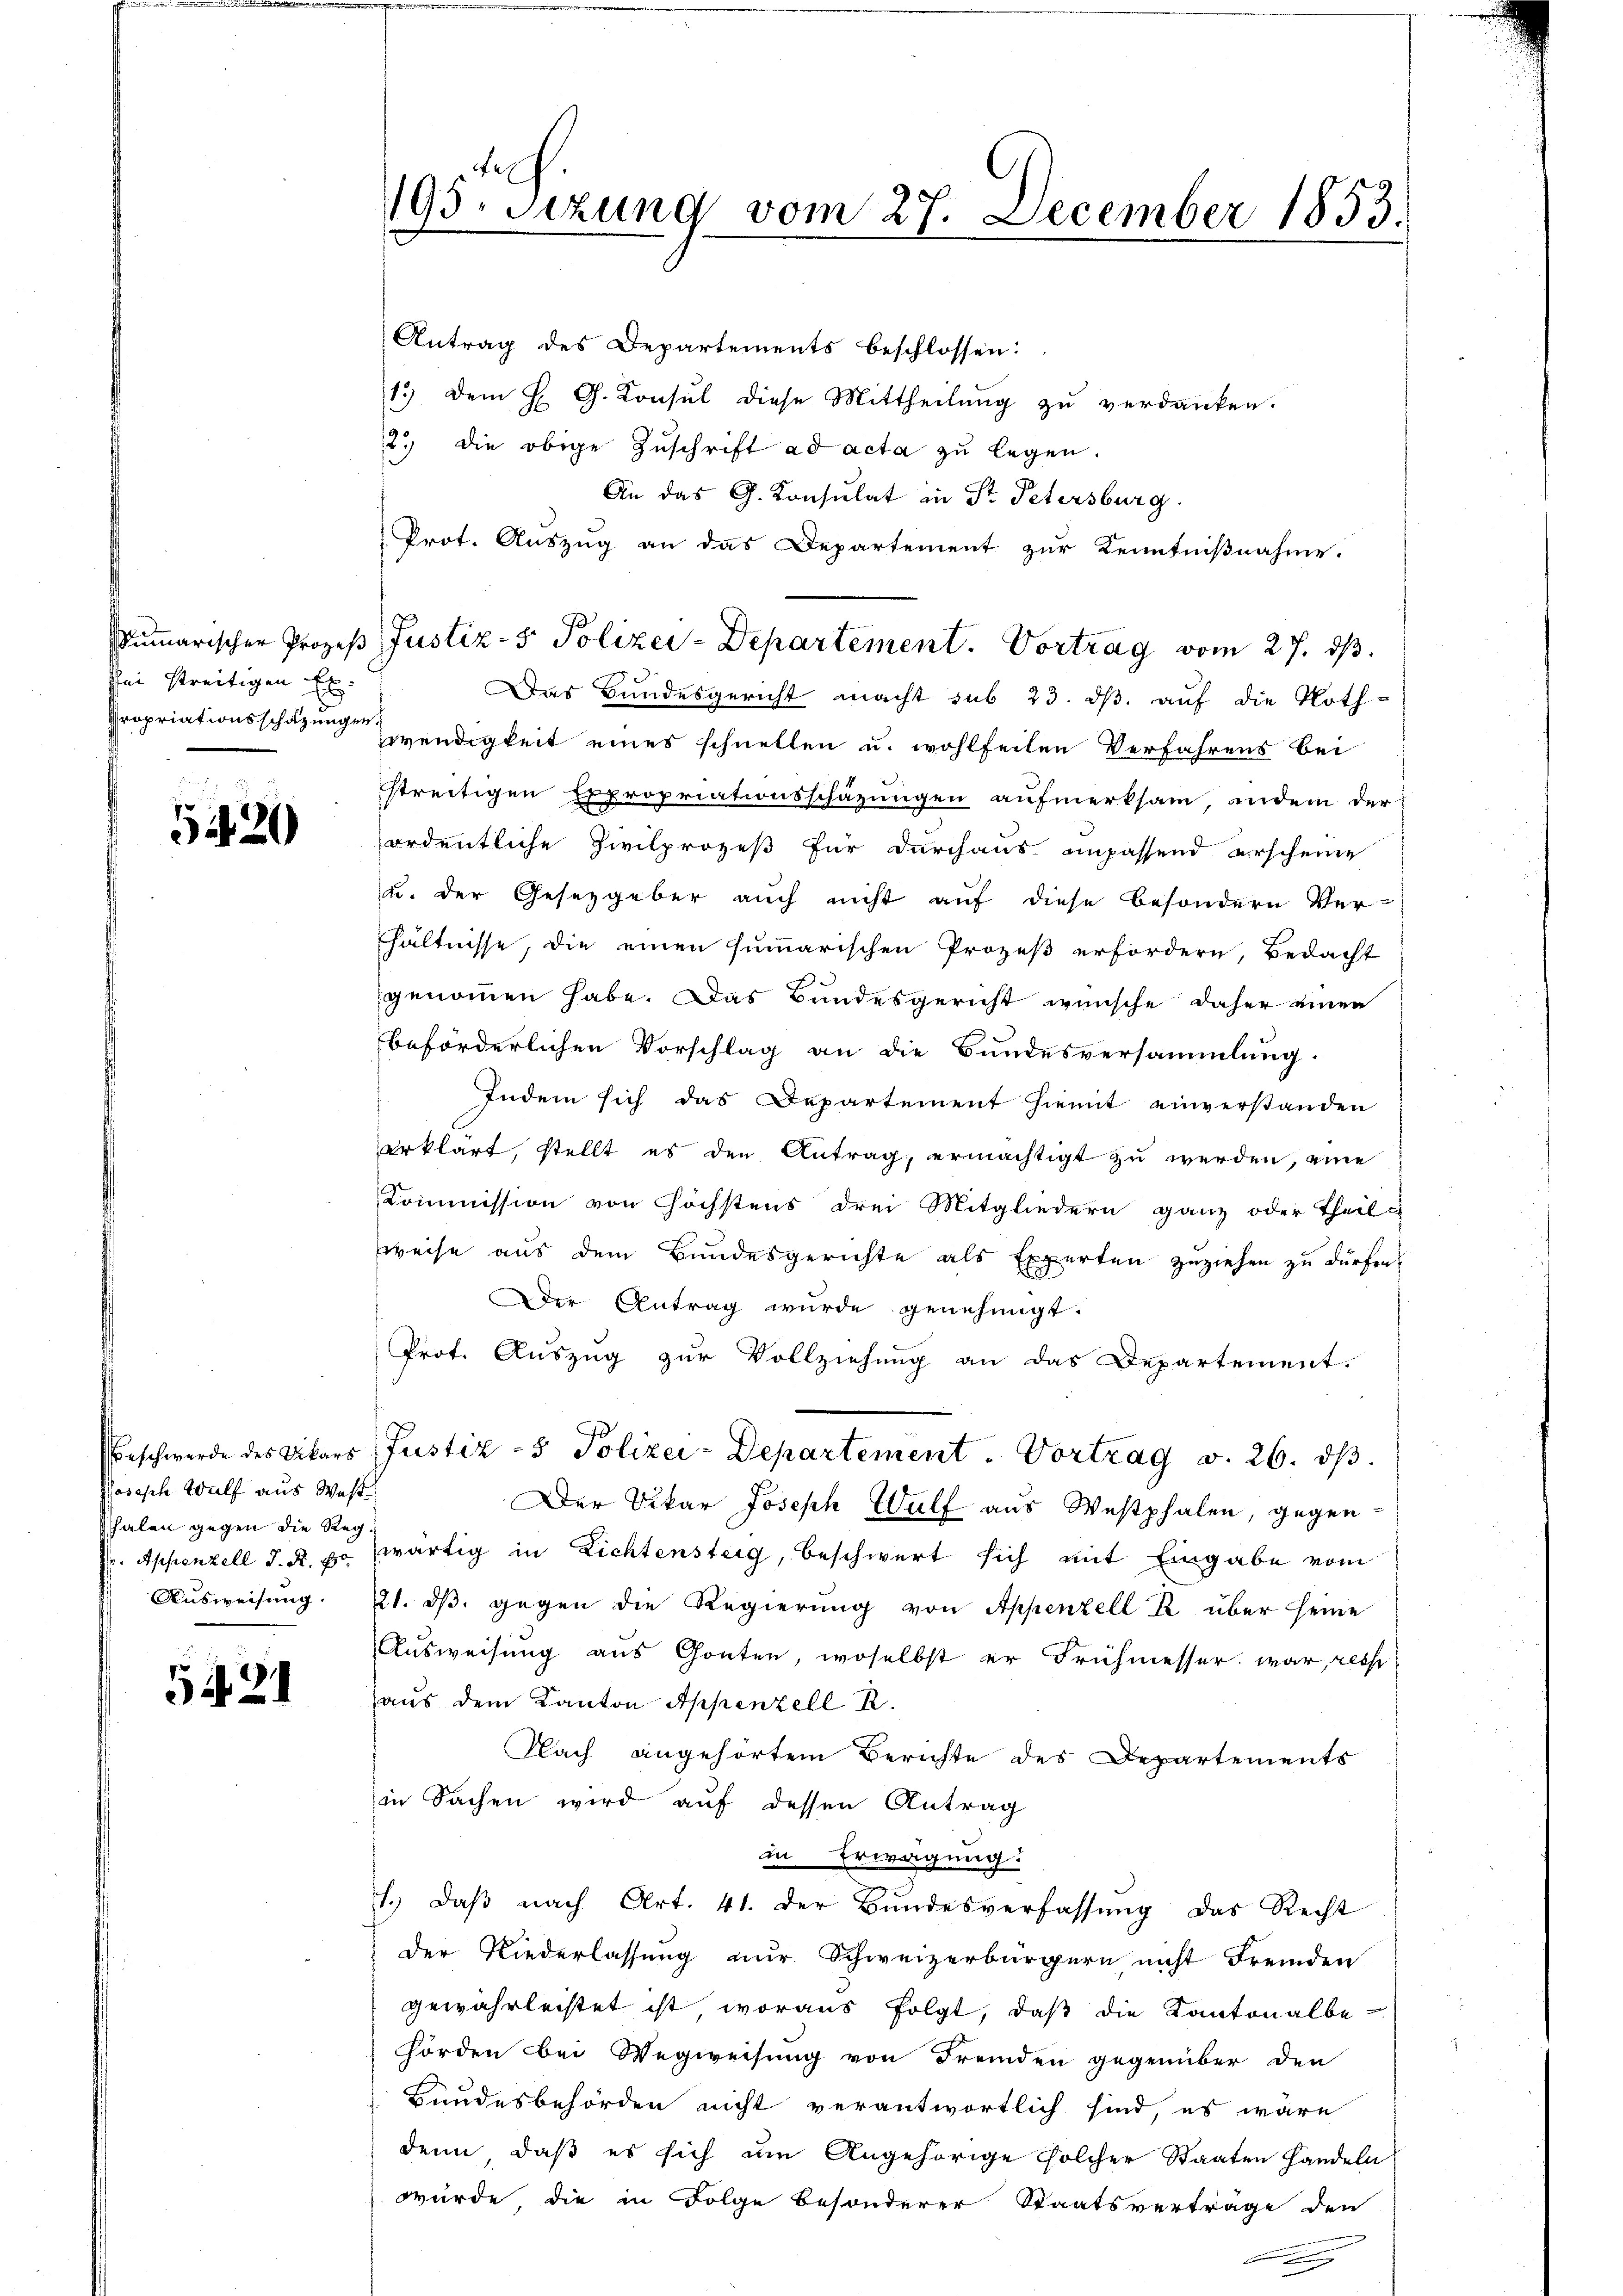
sei streitigen El
Nropriationsschätzungen,

5420

Resisch Wulf aus West
halen gegen die Reg

5421

e
195. sezung vom 27. December 1853.

Antrag des Departements beschlossen:
13) Dem H. G. Konsul diese Mittheilung zu verdanken.
2.) die obige Zuschrift ad acta zu legen.
An das G. Konsulat in Str. Petersburg.
Prot. Auszug an das Departement zur Kenntnißnahme.
Das Bundesgericht macht sub 23. ds. auf die Noth-
Zwendigkeit eines schnellen u. wohlfeilen Verfahrens bei
streitigen Expropriationsschäzungen aufmerksam, indem der
ordentliche Zivilprozeß für durchaus anpassend erscheine
u. der Gesetzgeber auch nicht auf diese besondern Ver-
hältnisse, die einen summarischen Prozeß erfordern, Bedacht
genommen habe. Das Bundesgericht wünsche daher einen
beförderlichen Vorschlag an die Bundesversammlung.
Indem sich das Departement hiemit einverstanden
erklärt, stellt es den Antrag, ermächtigt zu werden, eine
Kommission von höchstens drei Mitgliedern ganz oder Theilu
weise aus dem Bundesgerichte als Experten zuziehen zu dürfen.
Der Antrag wurde genehmigt.
Prot. Auszug zur Vollziehung an das Departement.
Beschwerde des Vikars Justiz - Polizei-Departement. Vortrag v. 26. dβ.
Der Vikar Joseph Wulf aus Westphalen, gegen
 Appenzell d. R. po zwärtig in Lichtensteig, beschwert sich mit Eingabe vom
Ausweisung. Zt. dβ gegen die Regierung von Appenzell R. über seine
Ausweisung aus Gonten, woselbst er Frühmesser war, resp
aus dem Kanton Appenzell R.
Nach angehörtem Berichte des Departements
in Sachen wird auf dessen Antrag
in Erwägung:
1.) Daß nach Art. 41. der Bundesverfassung das Recht
der Niederlassung nur. Schweizerbürgern nicht Fremden
gewährleistet ist, woraus folgt, daß die Kantonalbehörden bei Wegweisung von Fremden gegenüber den
Bundesbehörden nicht verantwortlich sind, es wäre
denn, daß es sich um Angehörige solcher Staaten Handeln
wurde die in Folge besonderer Staatsvertrage den

umarischer Prozeβ Justiz- & Polizei-Departement. Vortrag vom 27. ds.

r